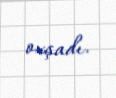
oxşadı.